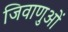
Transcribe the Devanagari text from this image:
जिवाणुओं